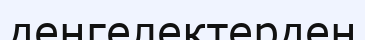
деңгелектерден